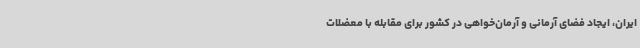
ایران، ایجاد فضای آرمانی و آرمان‌خواهی در کشور برای مقابله با معضلات